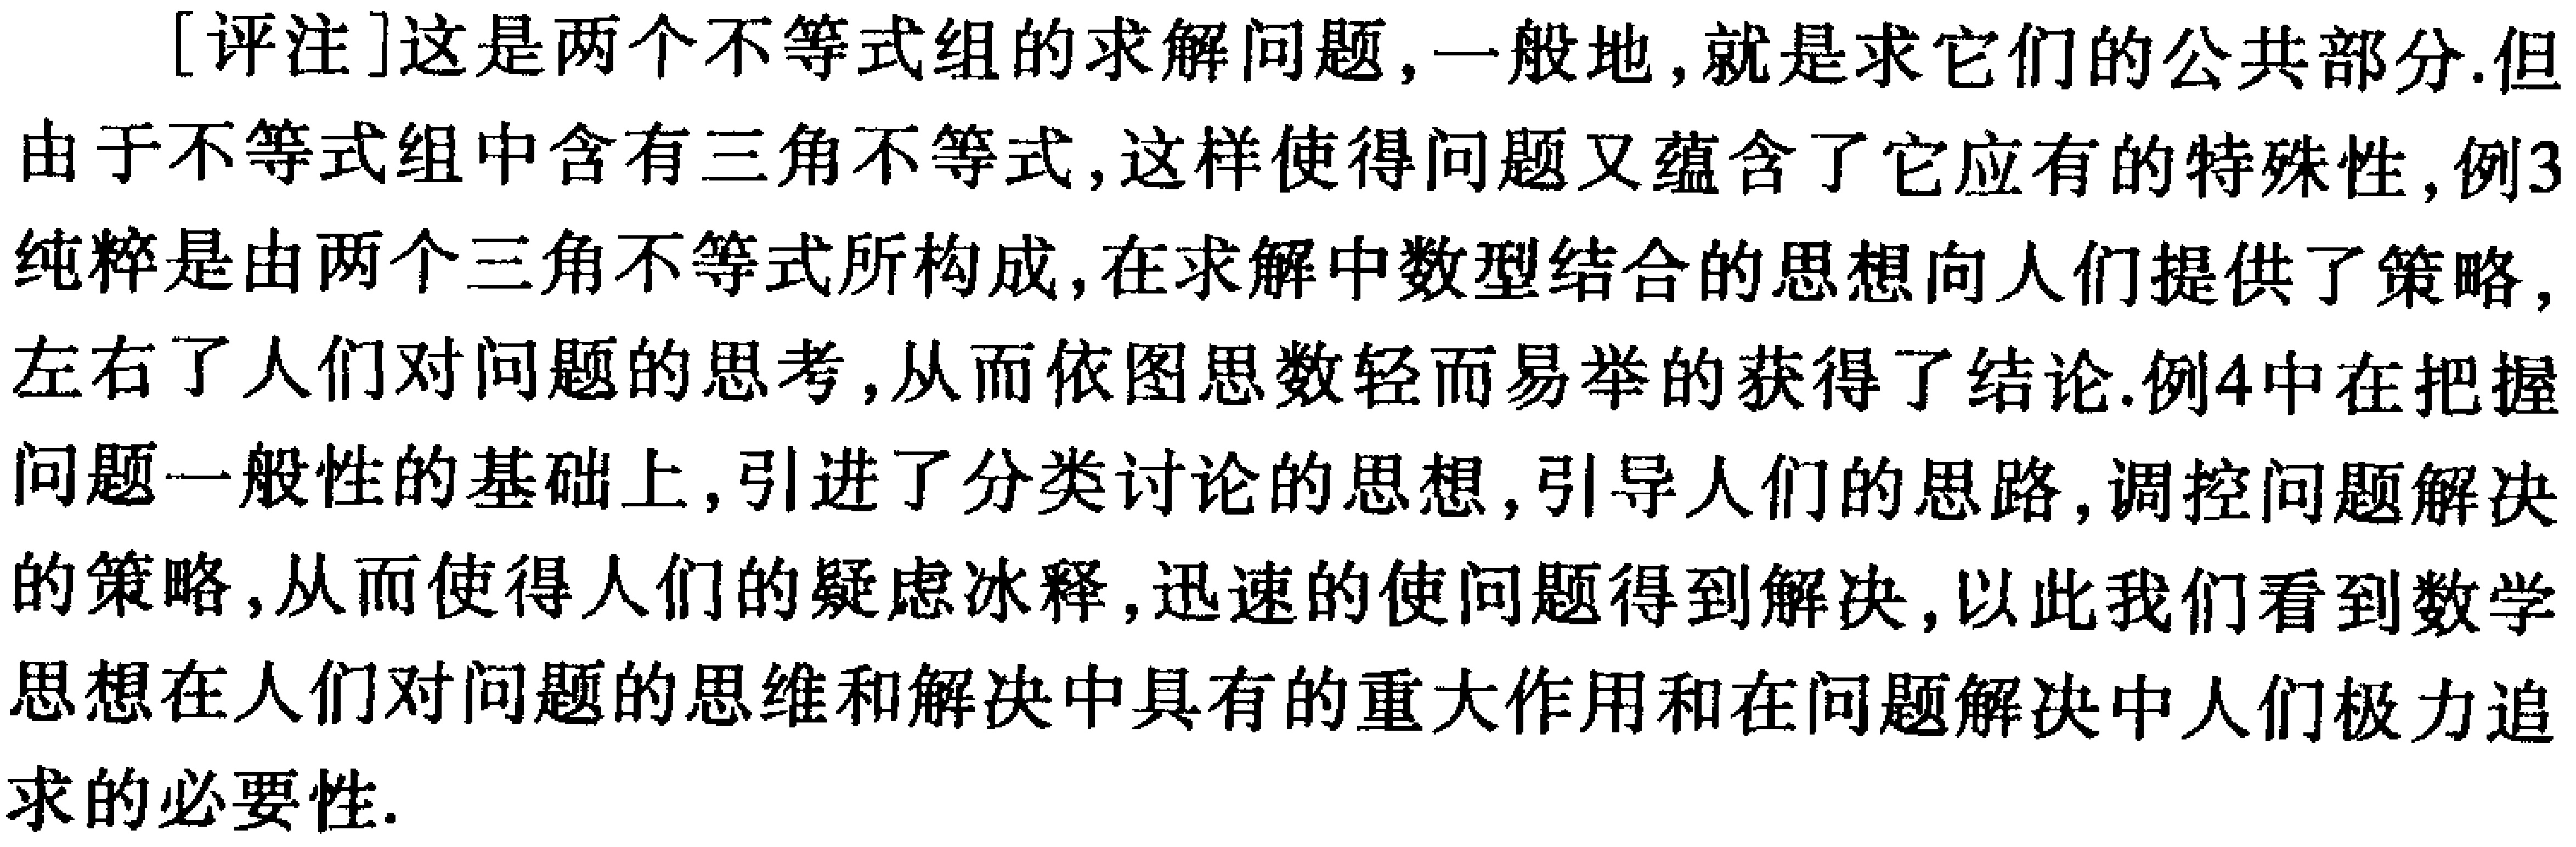
[评注]这是两个不等式组的求解问题,一般地,就是求它们的公共部分.但由于不等式组中含有三角不等式,这样使得问题又蕴含了它应有的特殊性,例3纯粹是由两个三角不等式所构成,在求解中数型结合的思想向人们提供了策略,左右了人们对问题的思考,从而依图思数轻而易举的获得了结论.例4中在把握问题一般性的基础上,引进了分类讨论的思想,引导人们的思路,调控问题解决的策略,从而使得人们的疑虑冰释,迅速的使问题得到解决,以此我们看到数学思想在人们对问题的思维和解决中具有的重大作用和在问题解决中人们极力追求的必要性.